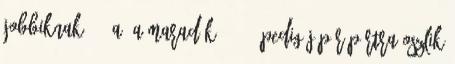
Jobbiknak 20%-a, a maradék 10-15% pedig jópár pártra oszlik